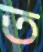
ত